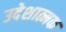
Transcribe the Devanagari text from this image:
उदेशात्मक